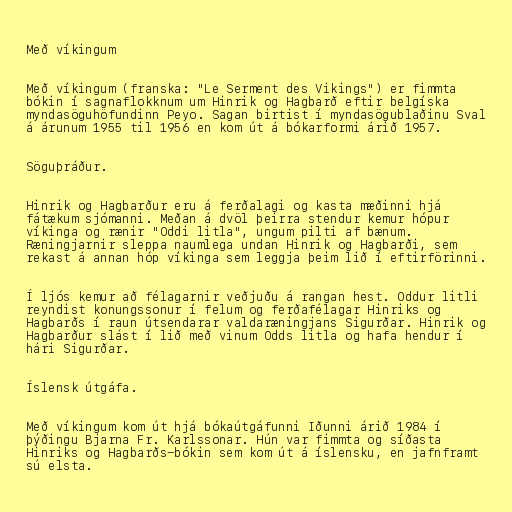
Með víkingum

Með víkingum (franska: "Le Serment des Vikings") er fimmta
bókin í sagnaflokknum um Hinrik og Hagbarð eftir belgíska
myndasöguhöfundinn Peyo. Sagan birtist í myndasögublaðinu Sval
á árunum 1955 til 1956 en kom út á bókarformi árið 1957.

Söguþráður.

Hinrik og Hagbarður eru á ferðalagi og kasta mæðinni hjá
fátækum sjómanni. Meðan á dvöl þeirra stendur kemur hópur
víkinga og rænir "Oddi litla", ungum pilti af bænum.
Ræningjarnir sleppa naumlega undan Hinrik og Hagbarði, sem
rekast á annan hóp víkinga sem leggja þeim lið í eftirförinni.

Í ljós kemur að félagarnir veðjuðu á rangan hest. Oddur litli
reyndist konungssonur í felum og ferðafélagar Hinriks og
Hagbarðs í raun útsendarar valdaræningjans Sigurðar. Hinrik og
Hagbarður slást í lið með vinum Odds litla og hafa hendur í
hári Sigurðar.

Íslensk útgáfa.

Með víkingum kom út hjá bókaútgáfunni Iðunni árið 1984 í
þýðingu Bjarna Fr. Karlssonar. Hún var fimmta og síðasta
Hinriks og Hagbarðs-bókin sem kom út á íslensku, en jafnframt
sú elsta.